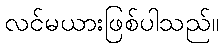
လင်မယားဖြစ်ပါသည်။